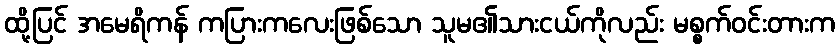
ထို့ပြင် အမေရိကန် ကပြားကလေးဖြစ်သော သူမ၏သားငယ်ကိုလည်း မစ္စက်ဝင်းတားက